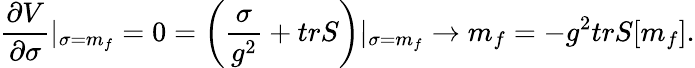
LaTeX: {\frac{\partial V}{\partial\sigma}}|_{\sigma=m_{f}}=0=\left({\frac{\sigma}{g^{2}}}+trS\right)|_{\sigma=m_{f}}\rightarrow m_{f}=-g^{2}trS[m_{f}].